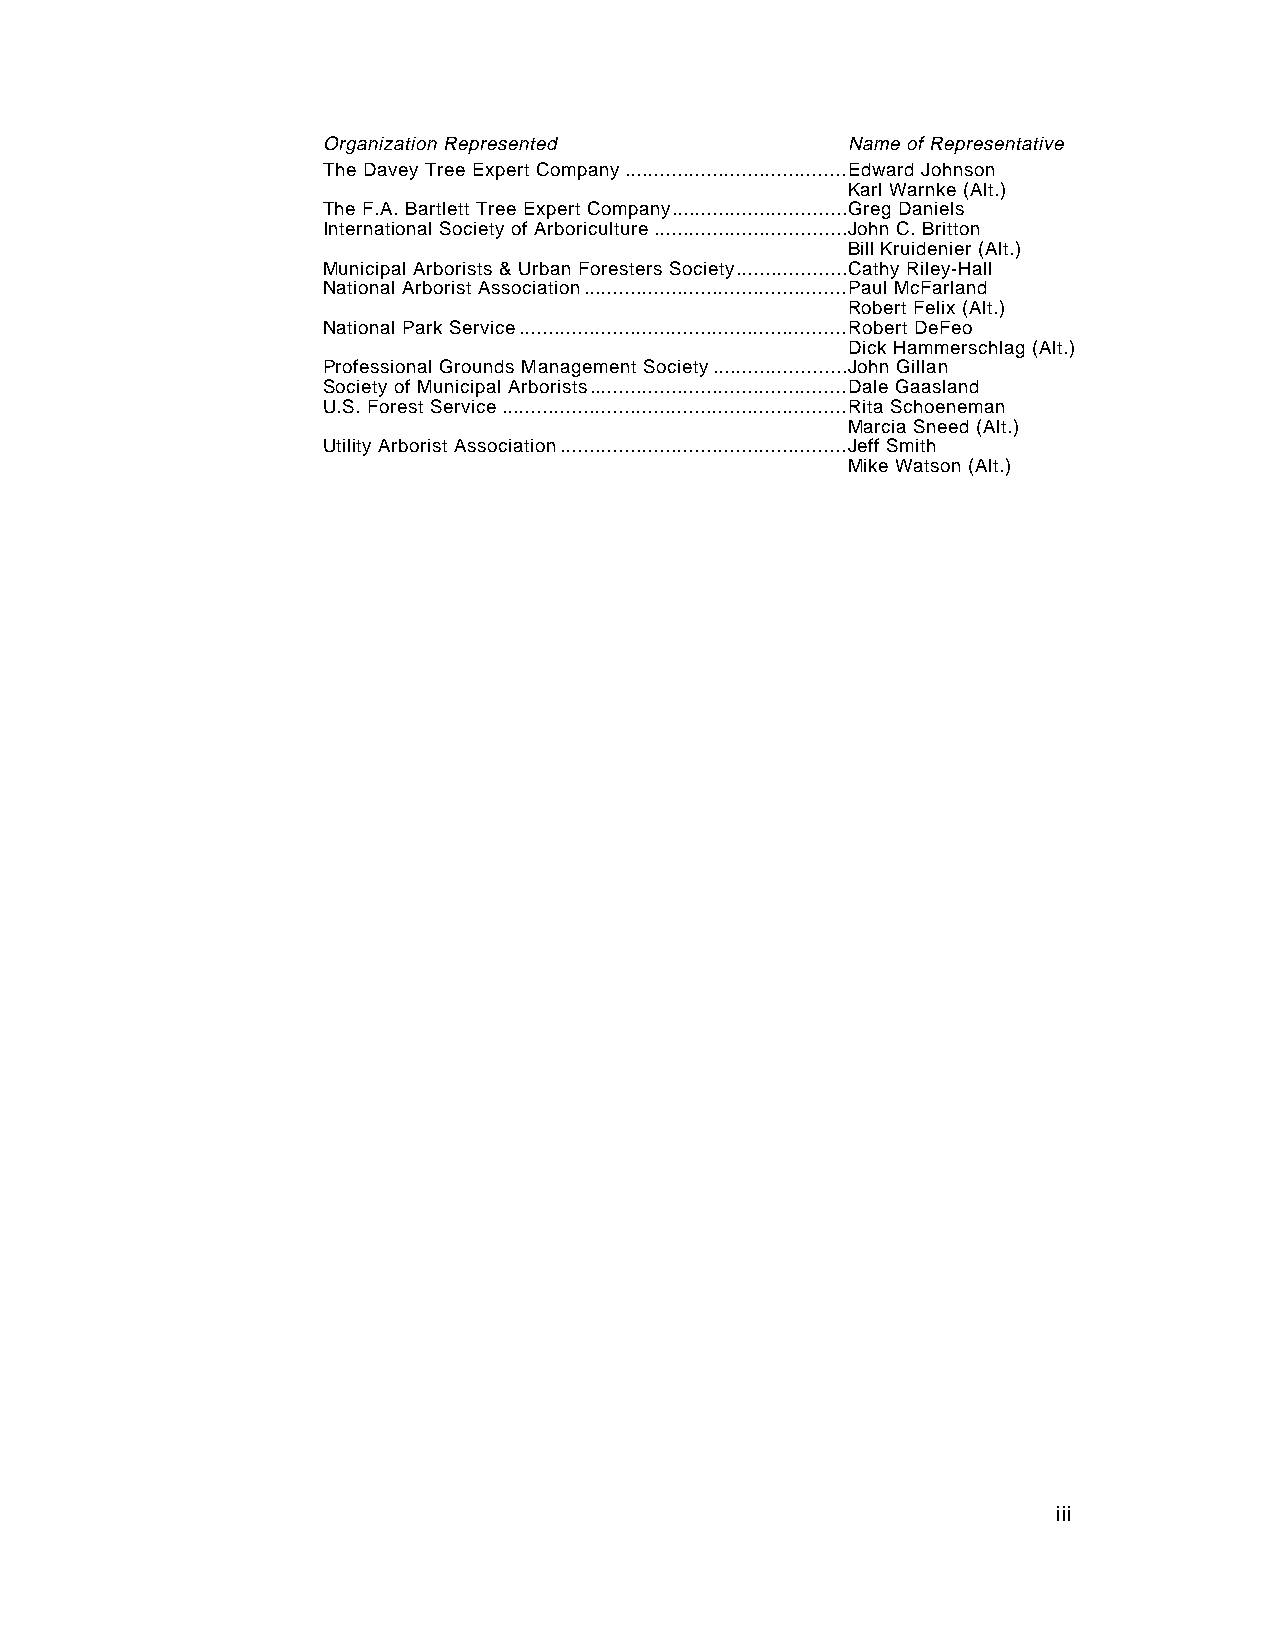
Organization Represented           Name of Representative
 The Davey Tree Expert Company......................................Edward Johnson
 Karl Warnke (Alt.)
 The F.A. Bartlett Tree Expert Company..............................Greg Daniels
 International Society of Arboriculture.................................John C. Britton
 Bill Kruidenier (Alt.)
 Municipal Arborists & Urban Foresters Society...................Cathy Riley-Hall
 National Arborist Association.............................................Paul McFarland
 Robert Felix (Alt.)
 National Park Service........................................................Robert DeFeo
 Dick Hammerschlag (Alt.)
 Professional Grounds Management Society.......................John Gillan
 Society of Municipal Arborists............................................Dale Gaasland
 U.S. Forest Service...........................................................Rita Schoeneman
 Marcia Sneed (Alt.)
 Utility Arborist Association.................................................Jeff Smith
 Mike Watson (Alt.)
 iii